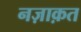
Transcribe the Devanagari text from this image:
नज़ाक़त